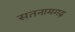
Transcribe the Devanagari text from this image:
सतनामगढ़